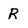
Character: R